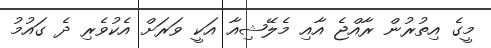
މީގެ އިތުރުން ރާއްޖެ އާއި މެލޭޝިއާ އަކީ ވަރަށް އެކުވެރި ދެ ގައުމު